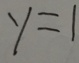
y = 1